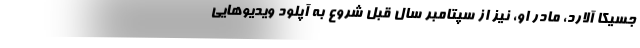
جسیکا آلارد، مادر او، نیز از سپتامبر سال قبل شروع به آپلود ویدیوهایی